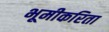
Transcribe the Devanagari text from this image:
भूमीकरिता